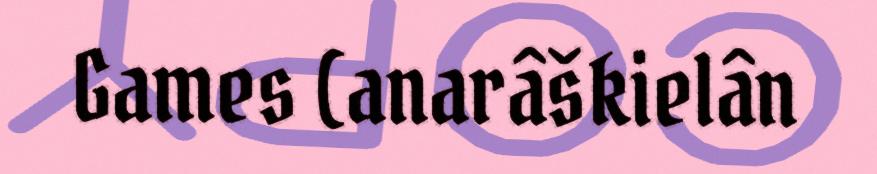
Games (anarâškielân